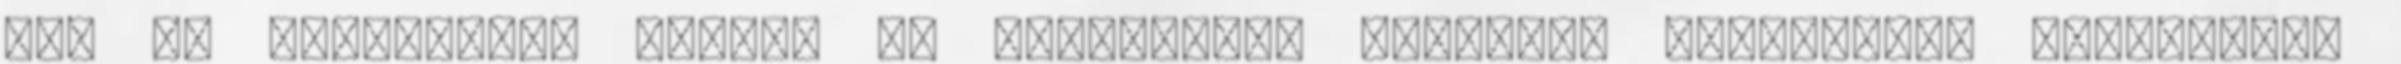
haj és könnyebben törik. Ha világosabb hajszínt választasz mindenképp